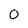
Character: 0